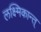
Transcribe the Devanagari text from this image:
लक्ष्मिकान्त्